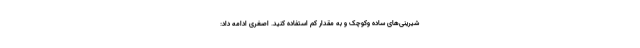
شیرینی‌های ساده وکوچک و به مقدار کم استفاده کنید. اصغری ادامه داد: